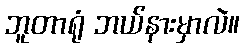
ဘူတာရုံ ဘယ်နားမှာလဲ။